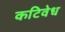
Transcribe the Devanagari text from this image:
कटिवेध